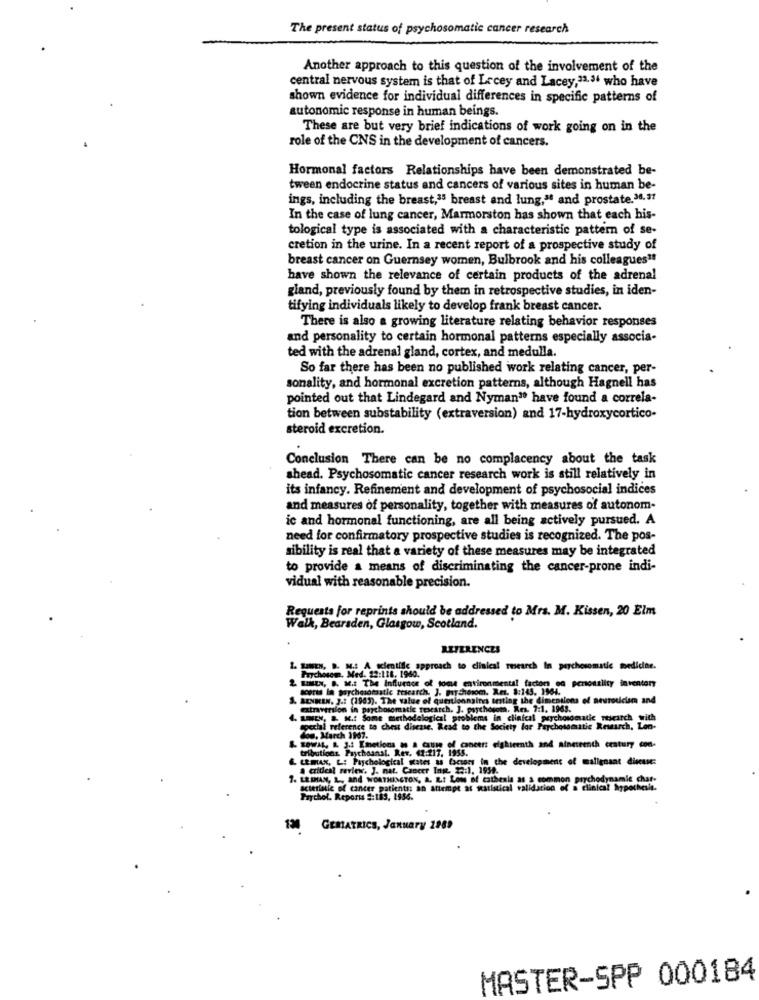
The present status of psychosomatic cancer research
Another approach to this question of the involvement of the
central nervous system is that of Lecey and Lacey,23.34 who have
shown evidence for individual differences in specific patterns of
autonomic response in human beings.
These are but very brief indications of work going on in the
role of the CNS in the development of cancers.
Hormonal factors Relationships have been demonstrated be-
tween endocrine status and cancers of various sites in human be-
ings, including the breast,25 breast and lung," and prostate.36.37
In the case of lung cancer, Marmorston has shown that each his-
tological type is associated with a characteristic pattern of se-
cretion in the urine. In a recent report of a prospective study of
breast cancer on Guernsey women, Bulbrook and his colleagues"
have shown the relevance of certain products of the adrenal
gland, previously found by them in retrospective studies, in iden-
tifying individuals likely to develop frank breast cancer.
There is also a growing literature relating behavior responses
and personality to certain hormonal patterns especially associa-
ted with the adrenal gland, cortex, and medulla.
So far there has been no published work relating cancer, per-
sonality, and hormonal excretion patterns, although Hagnell has
pointed out that Lindegard and Nyman" have found a correla-
tion between substability (extraversion) and 17-hydroxycortico-
steroid excretion.
Conclusion There can be no complacency about the task
shead. Psychosomatic cancer research work is still relatively in
its infancy. Refinement and development of psychosocial indices
and measures of personality, together with measures of autonom-
ic and hormonal functioning, are all being actively pursued. A
need for confirmatory prospective studies is recognized. The pos-
sibility is real that a variety of these measures may be integrated
to provide a means of discriminating the cancer-prone indi-
vidual with reasonable precision.
Requests for reprints should be addressed to Mrs. M. Kissen, 20 Elm
Welk, Bearsden, Glasgow, Scotland.
REFERENCES
1. EINEN, B. M .: A cientific approach to clinical research In psychosomatic medicine.
2 LINIEN, B. M .: The Influence of tome environmental facton oa personality inventory
Paychotom. Med. 12:118. 1960.
scott la tychosomsatic tricarch. J. Buy.comom. Ret. 8:143. 1964.
the dimensions of neuroticum and
omatic research. J. psychotem, Res. 7:1. 1963.
SEX. .. K .: Some methodelogical problems in clinical psychosomatic ntsearch with
special reference to chest disease. Read to the Society lar Faychoseautic Rewarch, Leo-
dou, March 1907.
& SOWAL, A. J.1 Emetions w a cause of caneert eighteenth and nineteenth century con-
tributions. Psychoanal. Rev. 41:217. 1955.
LEMAX, L: Paychological Kates 8 factors in the development of malignant dieeuse:
a critical review. J. nat. Cancer Inge, 23:1, 1939.
7. LESHAN, L, and WORTHINGTON, A. L.t Low of cathesla as a common
common prrchodynamic char-
acteristic of cancer patients: an attempt at Ratistical validation of a clinical hypothesis.
Prychol. Reports #:189, 1936.
130
GEMATRICS, January 1969
MASTER-SPP 000184